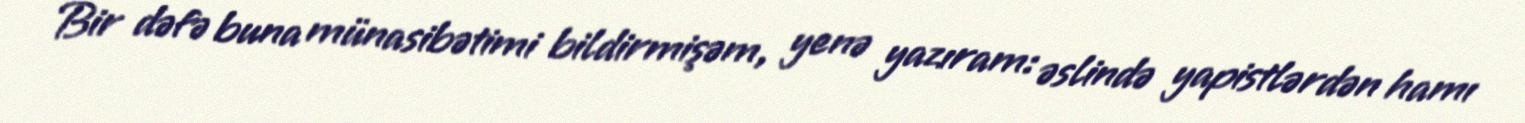
Bir dəfə buna münasibətimi bildirmişəm, yenə yazıram: əslində yapistlərdən hamı